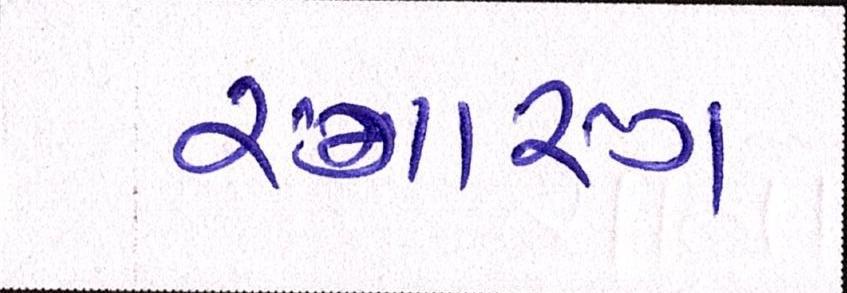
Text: રંગારંગ